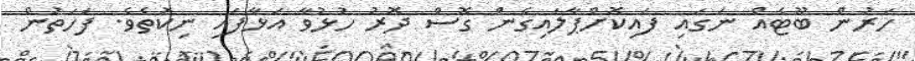
ހަރުން ބޫޓެއް ނަގައި ފައިކޮށްޕާލައިގެން ގޮސް ދޮރު ހުޅުވާ އަޅާފައި ނިކުތެވެ. ފަހަތުން